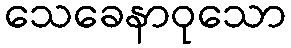
သေခေနာဝုသော